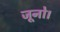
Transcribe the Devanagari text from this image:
जूनो।